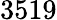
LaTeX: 3519